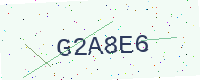
Text: G2A8E6